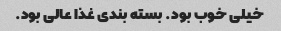
خیلی خوب بود. بسته بندی غذا عالی بود.